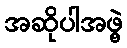
အဆိုပါအဖွဲ့